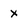
Character: x